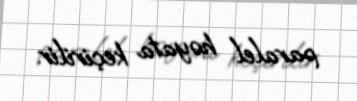
paralel həyata keçirilir.